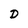
Character: D